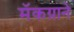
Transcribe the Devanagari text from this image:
मॅकग्राने